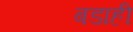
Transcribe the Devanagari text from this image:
बडाही